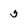
Character: 5